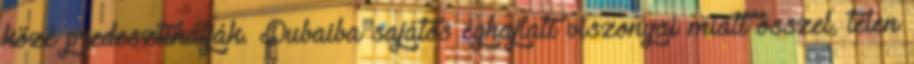
közé predesztinálják. Dubaiba sajátos éghajlati viszonyai miatt ősszel, télen